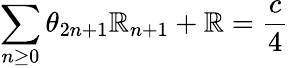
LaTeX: \sum_{n\geq0}\theta_{2n+1}\mathbb{R}_{n+1}+{\cal\mathbb{R}}=\frac{{c}}{{4}}